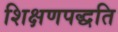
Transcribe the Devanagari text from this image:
शिक्षणपद्धति